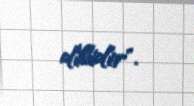
dilidir".